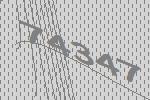
74347